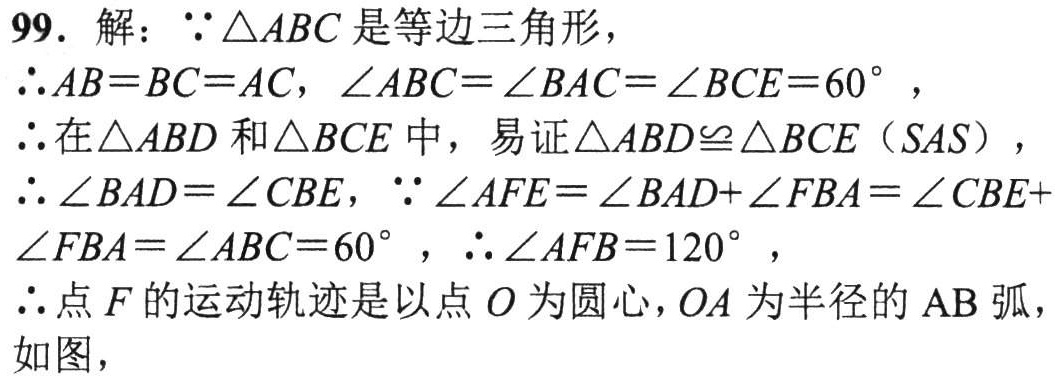
99. 解：\(\because\triangle ABC\) 是等边三角形，
\(\therefore AB = BC = AC\)，\(\angle ABC = \angle BAC = \angle BCE = 60^{\circ}\)，
\(\therefore\)在\(\triangle ABD\)和\(\triangle BCE\)中，易证\(\triangle ABD\cong\triangle BCE\)（\(SAS\)），
\(\therefore\angle BAD = \angle CBE\)，\(\because\angle AFE = \angle BAD + \angle FBA = \angle CBE + \angle FBA = \angle ABC = 60^{\circ}\)，\(\therefore\angle AFB = 120^{\circ}\)，
\(\therefore\)点 \(F\) 的运动轨迹是以点 \(O\) 为圆心，\(OA\) 为半径的 \(AB\) 弧，
如图，